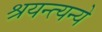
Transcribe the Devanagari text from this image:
श्रयन्त्यन्ये